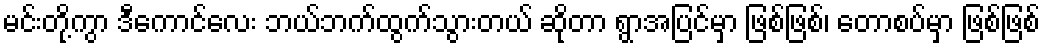
မင်းတို့ကွာ ဒီကောင်လေး ဘယ်ဘက်ထွက်သွားတယ် ဆိုတာ ရွာအပြင်မှာ ဖြစ်ဖြစ်၊ တောစပ်မှာ ဖြစ်ဖြစ်